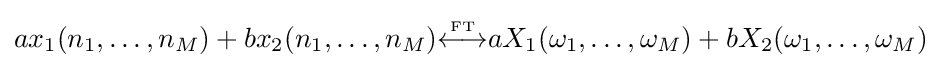
ax_{1}(n_{1},\ldots ,n_{M})+bx_{2}(n_{1},\ldots ,n_{M}){\overset {\underset {\mathrm {FT} }{}}{\longleftrightarrow }}aX_{1}(\omega _{1},\ldots ,\omega _{M})+bX_{2}(\omega _{1},\ldots ,\omega _{M})